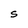
Character: S